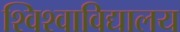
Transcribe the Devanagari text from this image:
श्विश्वाविद्यालय